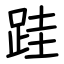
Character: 跬